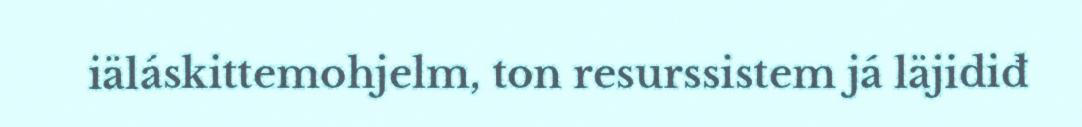
iäláskittemohjelm, ton resurssistem já läjidiđ